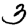
Digit: 3